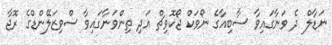
ނަޑާލް ދެ ވަނާގައިވާ ސާބިއާގެ ނޯވަކް ޖޯކޮވިޗް އަދި ތިންވަނާގައިވާ ސްވިޒަލޭންޑްގެ ރޮޖާ